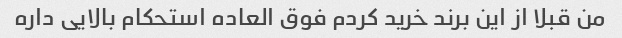
من قبلا از این برند خرید کردم فوق العاده استحکام بالایی داره